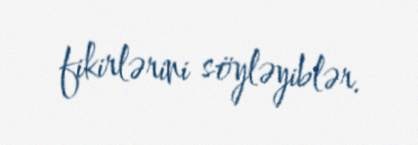
fikirlərini söyləyiblər.